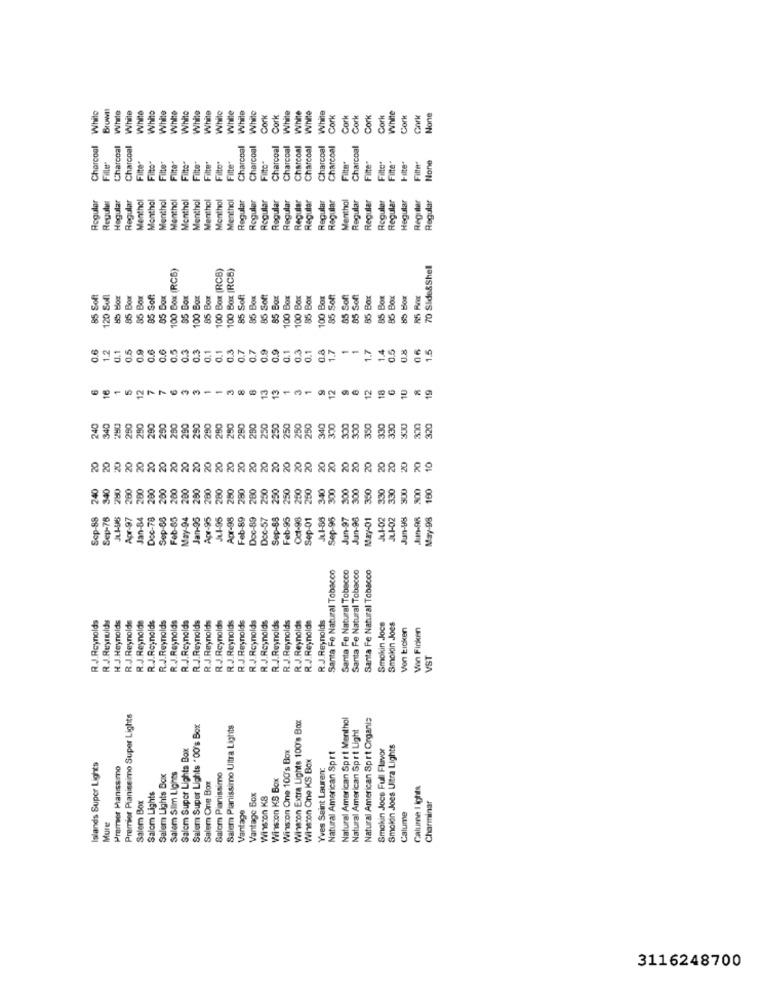
While
White
White
While
White
While
White
Cork
Cork
White
White
White
Cork
Cork
Cork
Cork
Cork
Cork
Cork
Charcoal
Charcoal
Charcoal
Charcoal
Charcoal
Charcoal
Charcoal
Charcoal
Charcoal
Charcoal
Charcoal
Charcoal
Filter
Filter
Filter
Filte"
Filte*
Filte"
Filte"
Filto"
Fire'
Filter
Filter
Filter
Roguler
Regular
Menthol
Monthol
Menthol
inthol
Menthol
Menthal
Menthol
Menthol
Menthol
Regular
Regular
Regular
Regular
Regular
Regular
Regular
Regular
Regular
Menthal
Regular
Regular
Regular
Hegular
Regular
Regular
Regula
Łogula
Regular
100 Box (RCB)
100 Box (RCB)
100 Box (RCB)
70 Side&Shell
85 Soft
85 Box
85 Box
85 Soft
95 Box
85 Box
100 Box
85 Box
85 Soft
85 Box
85 Soft
85 Box
100 Box
100 Box
85 Box
100 Box
85 Soft
85 Soft
85 Soft
85 Box
85 Box
120 &
85 B
1.2
0.1
0.5
0.9
0.6
0.6
0.5
0.3
0.3
0.1
0.1
0.3
0.7
0.7
0.9
0.9
0.1
0.3
0.1
1.7
1
1
1.7
1.4
0.5
0.8
06
1.5
12
12
12
18
10
13
19
250
250
340
300
290
250
290
250
290
290
250
280
290
250
250
250
300
300
350
330
330
320
20
20
20
20
20
20
20
20
20
20
20
20
10
20
280
200
200
200
200
290
280
280
280
280
200
250
250
250
250
250
340
300
300
300
350
330
330
300
300
100
200
Sep-88
Sep-78
JL1-98
Apr-97
Jan-84
Doc-78
Sep-05
Feb-85
May-94
Jan-05
Apr-95
Ju1-95
Apr-98
Feb-89
Doc-89
Doc-57
Sep-88
Feb-95
Oct-98
Sep-01
Jul-88
Sep-95
Jun-97
Jun-98
May-01
Jul-02
JU-02
Jun-98
May-98
Santa Fe Natural Tobacco
Santa Fe Natural Tobacco
Santa Fe Natural Tobacco
Santa Fe Natural Tobacco
R.J. Reynolds
H J. Reynolds
R.J.Reynolds
R.J.Reynolds
R.J.Reynolds
R.J.Reynolds
R.J.Reynolds
R.J.Reynolds
R.J.Reynolds
R.J.Reynolds
R.J.Reynolds
R.J.Reynolds
R.J.Reynolds
R.J.Reynolds
R.J.Reynolds
R.J.Reynolds
R.J.Reynolds
R.J.Reynolds
R.J.Reynolds
R.J.Reynolds
R.J.Reynolds
Smokin Jocs
Smokin Joes
Von Eicken
Vin Ficken
VST
Premier Pianissimo Super Lights
Winston Extra Lights 100's Box
Natural American Sprt Menthol
Natural American Sprt Organis
Salem Super Lights .00's Box
Salern Pianissimo Ultra Lights
Natural American Sprt Light
Salem Super Lights Box
Wins on One 100's Box
Natural American Sprt
Smokin Joce Full Flavor
Smokin Joes Uitra Lights
Winston One KS Box
Islands Super Lights
Premier Manissimo
Yves Saint Laurent
Salem Lights Box
Salem Slim Lights
Salem Pianissimo
Winston KS Box
Salem One Box
Calumne I iches
Salom Lights
Vantage Box
Winston KB
Salem Box
Vantage
Charminar
Calume
Mure
3116248700